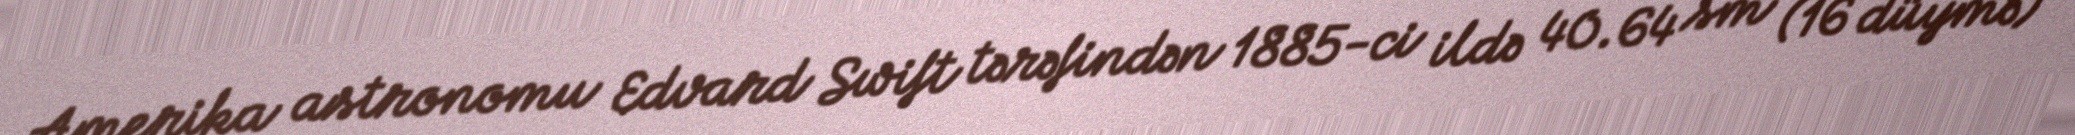
Amerika astronomu Edvard Swift tərəfindən 1885-ci ildə 40.64 sm (16 düymə)